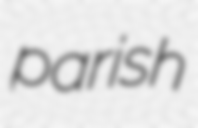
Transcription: parish